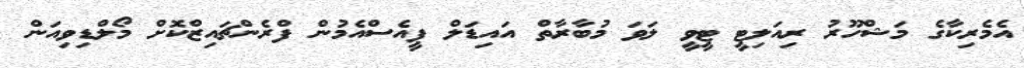
އެމެރިކާގެ މަޝްހޫރު ރިއަލިޓީ ޓީވީ ލަވަ މުބާރާތް އައިޑަލް ޕީއެސްއެމުން ފްރެންޗައިޒްކޮށް މޯލްޑިވިއަން